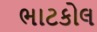
ભાટકોલ